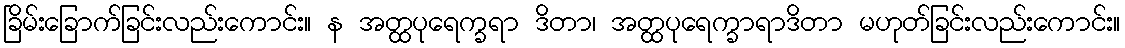
ခြိမ်းခြောက်ခြင်းလည်းကောင်း။ န အတ္ထပုရေက္ခရာ ဒိတာ၊ အတ္ထပုရေက္ခာရာဒိတာ မဟုတ်ခြင်းလည်းကောင်း။